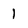
Character: 1